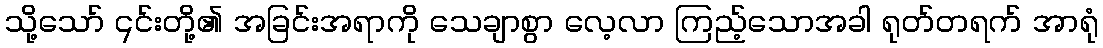
သို့သော် ၎င်းတို့၏ အခြင်းအရာကို သေချာစွာ လေ့လာ ကြည့်သောအခါ ရုတ်တရက် အာရုံ